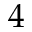
4